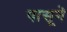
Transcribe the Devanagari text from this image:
पासूने